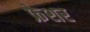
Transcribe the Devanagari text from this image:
फ्रेशर